Trukikaitis_Postimees, lk 64
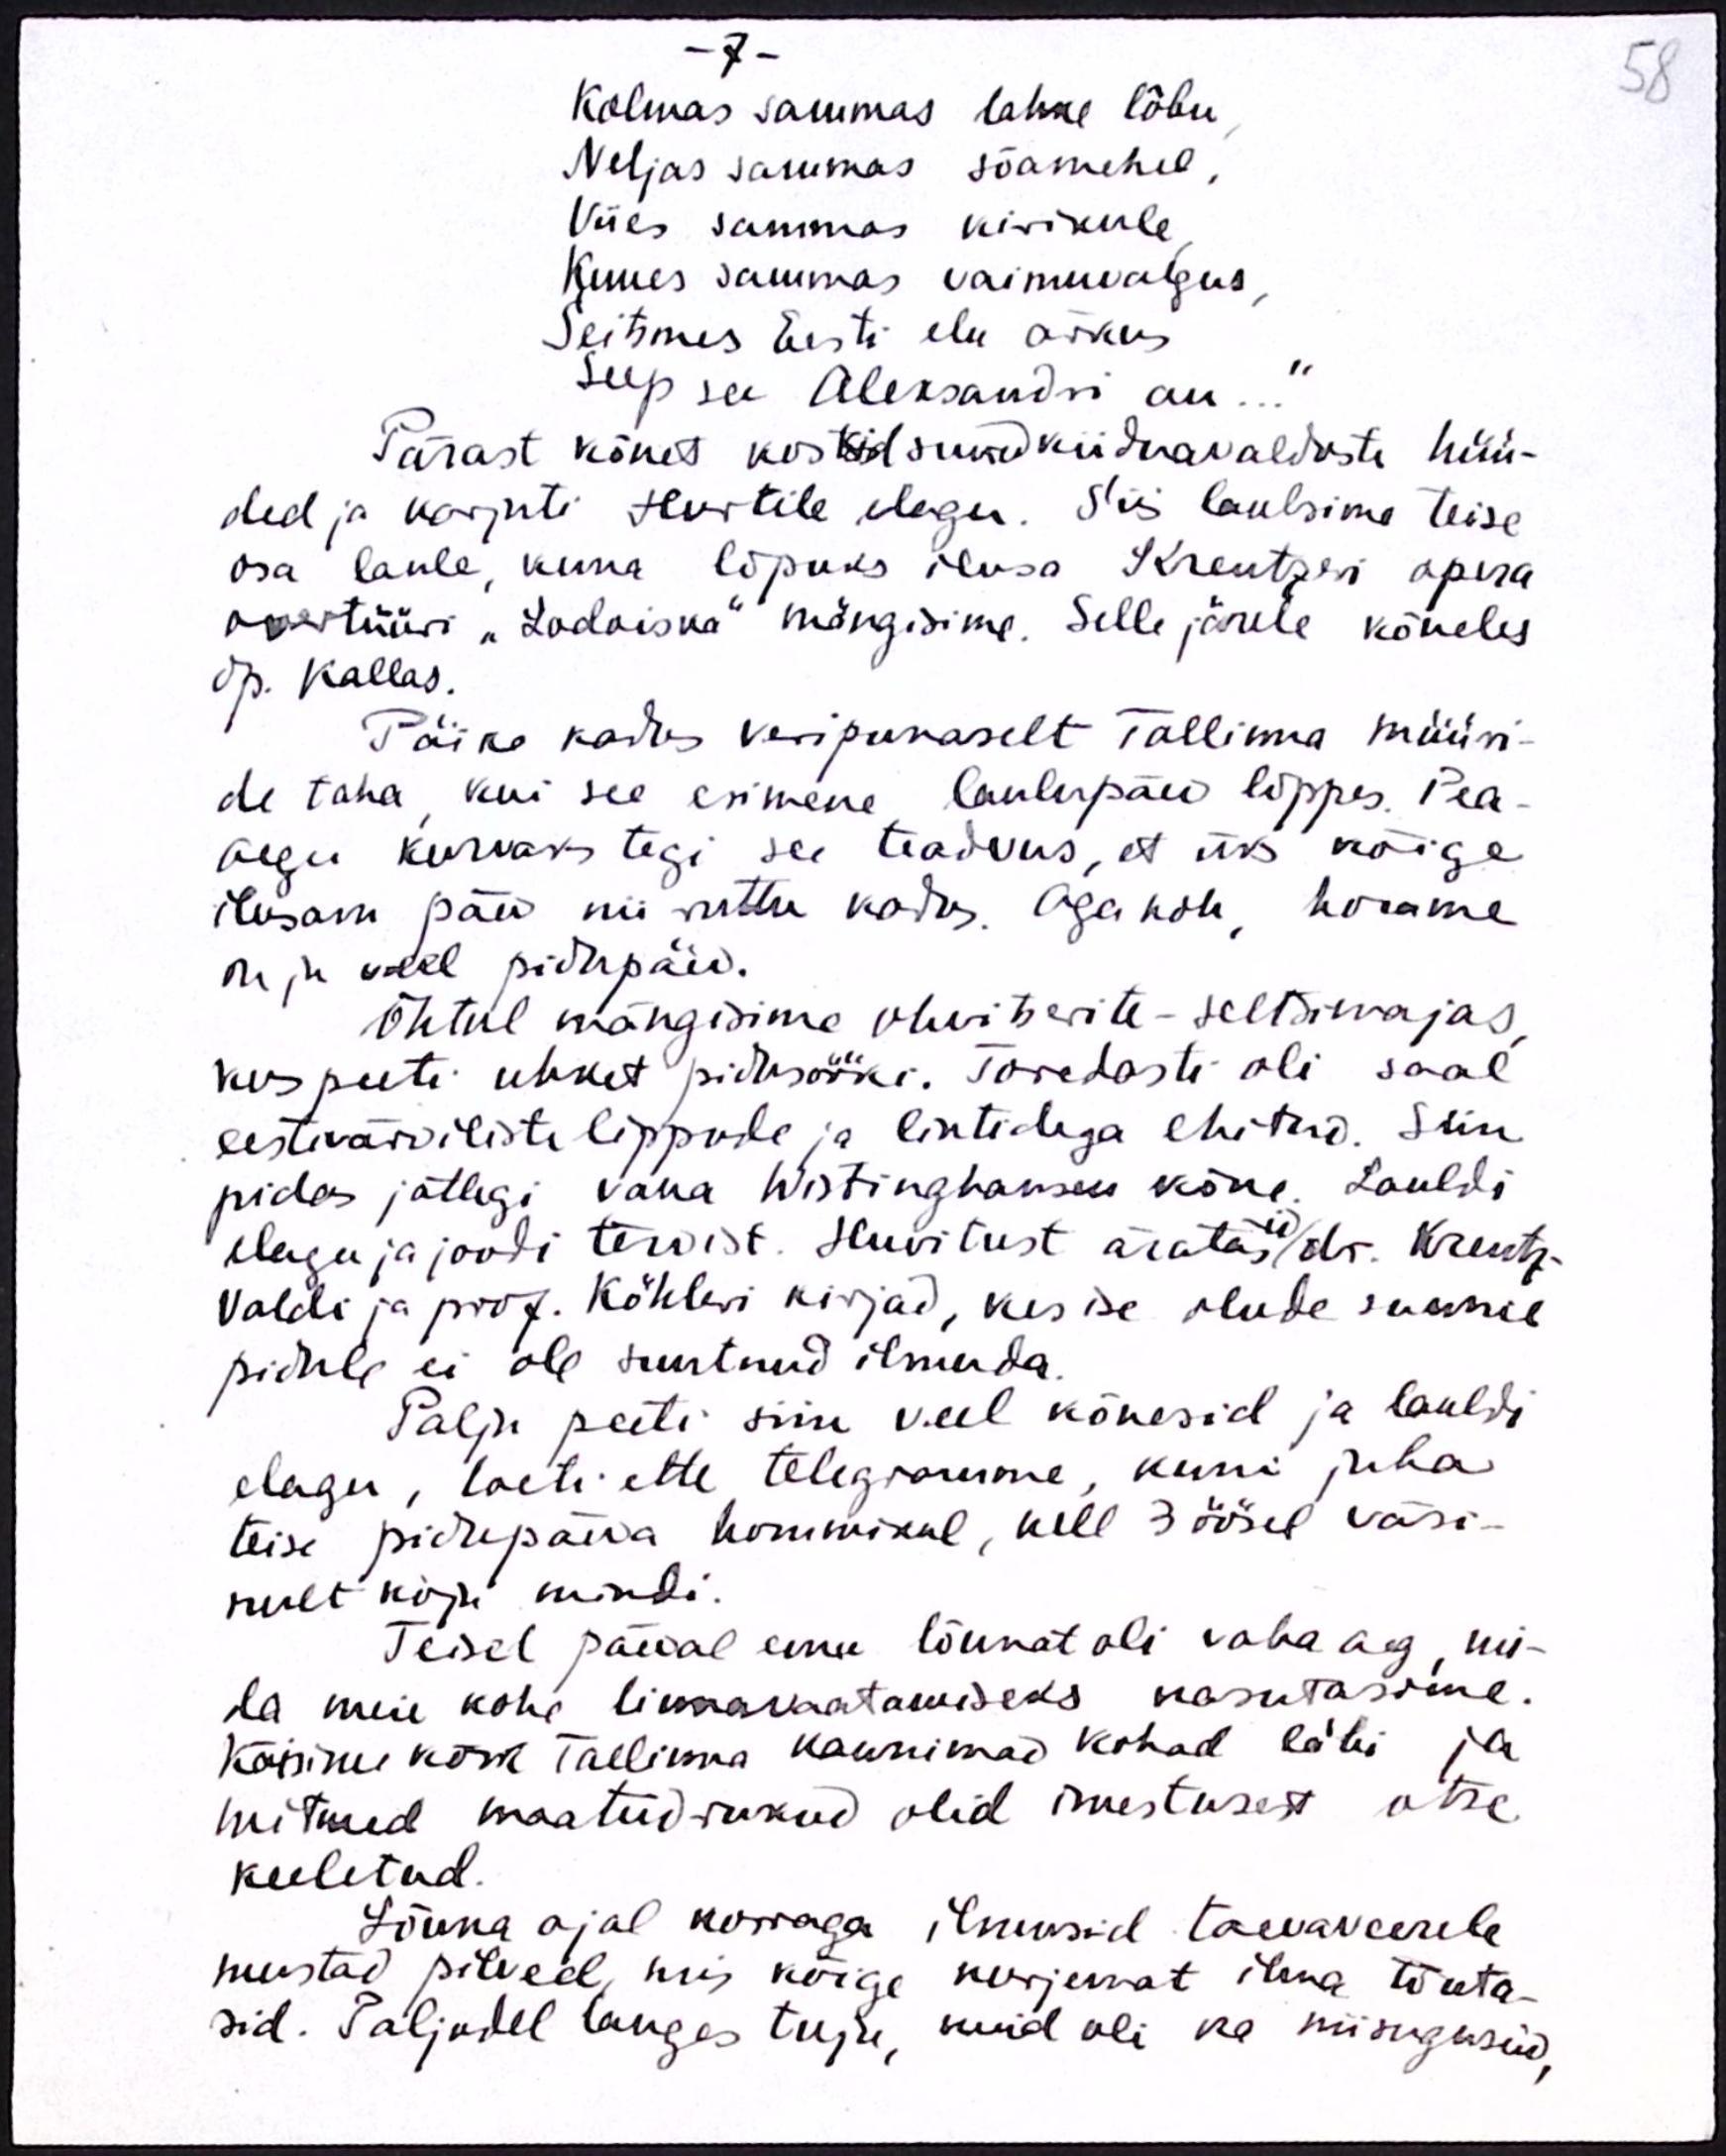
- 7 -
Kolmas sammas lahke lõbu
Neljas sammas sõamehel,
Viies sammas kirikule
Kuues sammas vaimuvalgus,
Seitsmes Eesti elu ärkus
Seep see Aleksandri au...
Pärast kõnet kostsid suured kiiduavalduste hüü-
ded ja karjuti Hurtile elagu. Siis laulsime teise
osa laule, kuna lõpuks ilusa Kreutzeri opera
overtüüri "Lodoiska" mängisime. Selle järele kõneles
õp. Kallas.
Päike kadus veripunaselt Tallinna müüri-
de taha, kui see esimene laulupäev lõppes. Pea-
aegu kurvaks tegi see teadvus, et üks kõige
ilusam päev nii ruttu kadus. Aga noh, homme
on ju veel pidupäev.
Õhtul mängisime ohvitserite-seltsimajas
kus peeti uhket pidusööki. Toredasti oli saal
eestivärviliste lippude ja lintidega ehitud. Siin
pidas jällegi vana Wistinghausen kõne. Lauldi
elagu ja joodi tervist. Huvitust äratas / dr. Kreutz-
id
valdi ja prof. Köhleri kirjad, kes ise olude sunnil
pidule ei ole suutnud ilmuda.
Palju peeti siin veel kõnesid ja lauldi
elagu, loeti ette telegramme, kuni juba
teise pidipäeva hommikul, kell 3 öösel väsi-
nult koju mindi.
Teisel päeval enne lõunat oli vaba aga, mi-
da meie kohe linnavaatamiseks kasutasime.
Käisime kõik Tallinna kaunimad kohad läbi ja
mitmed maatüdrukud olid imestusest otse
keeletud.
Lõuna ajal korraga ilmusid taevaveerele
mustad pilved, mis kõige kurjemat ilma tõuta-
sid. Paljudel langes tuju, kuid oli ka niisuguseid,